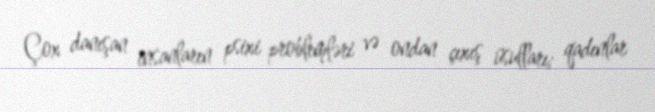
Çox danışan insanların psixi problemləri və ondan çıxış üsulları; qadınlar